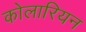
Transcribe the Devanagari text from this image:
कोलारियन